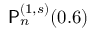
\mathsf { P } _ { n } ^ { ( 1 , s ) } ( 0 . 6 )